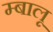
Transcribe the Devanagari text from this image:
म्बालू